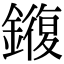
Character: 𫓍